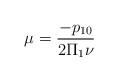
\begin{align*}\mu=\frac{-p_{10}}{2\Pi_1 \nu}\end{align*}